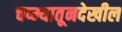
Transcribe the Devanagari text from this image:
चष्म्यातूनदेखील